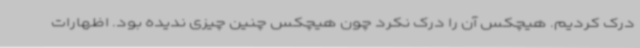
درک کردیم. هیچکس آن را درک نکرد چون هیچکس چنین چیزی ندیده بود. اظهارات